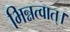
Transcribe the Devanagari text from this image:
भिन्नत्वात्।